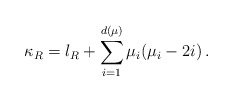
\begin{align*}\kappa_R=l_R + \sum_{i=1}^{d(\mu)}\mu_i (\mu_i - 2i) \,.\end{align*}